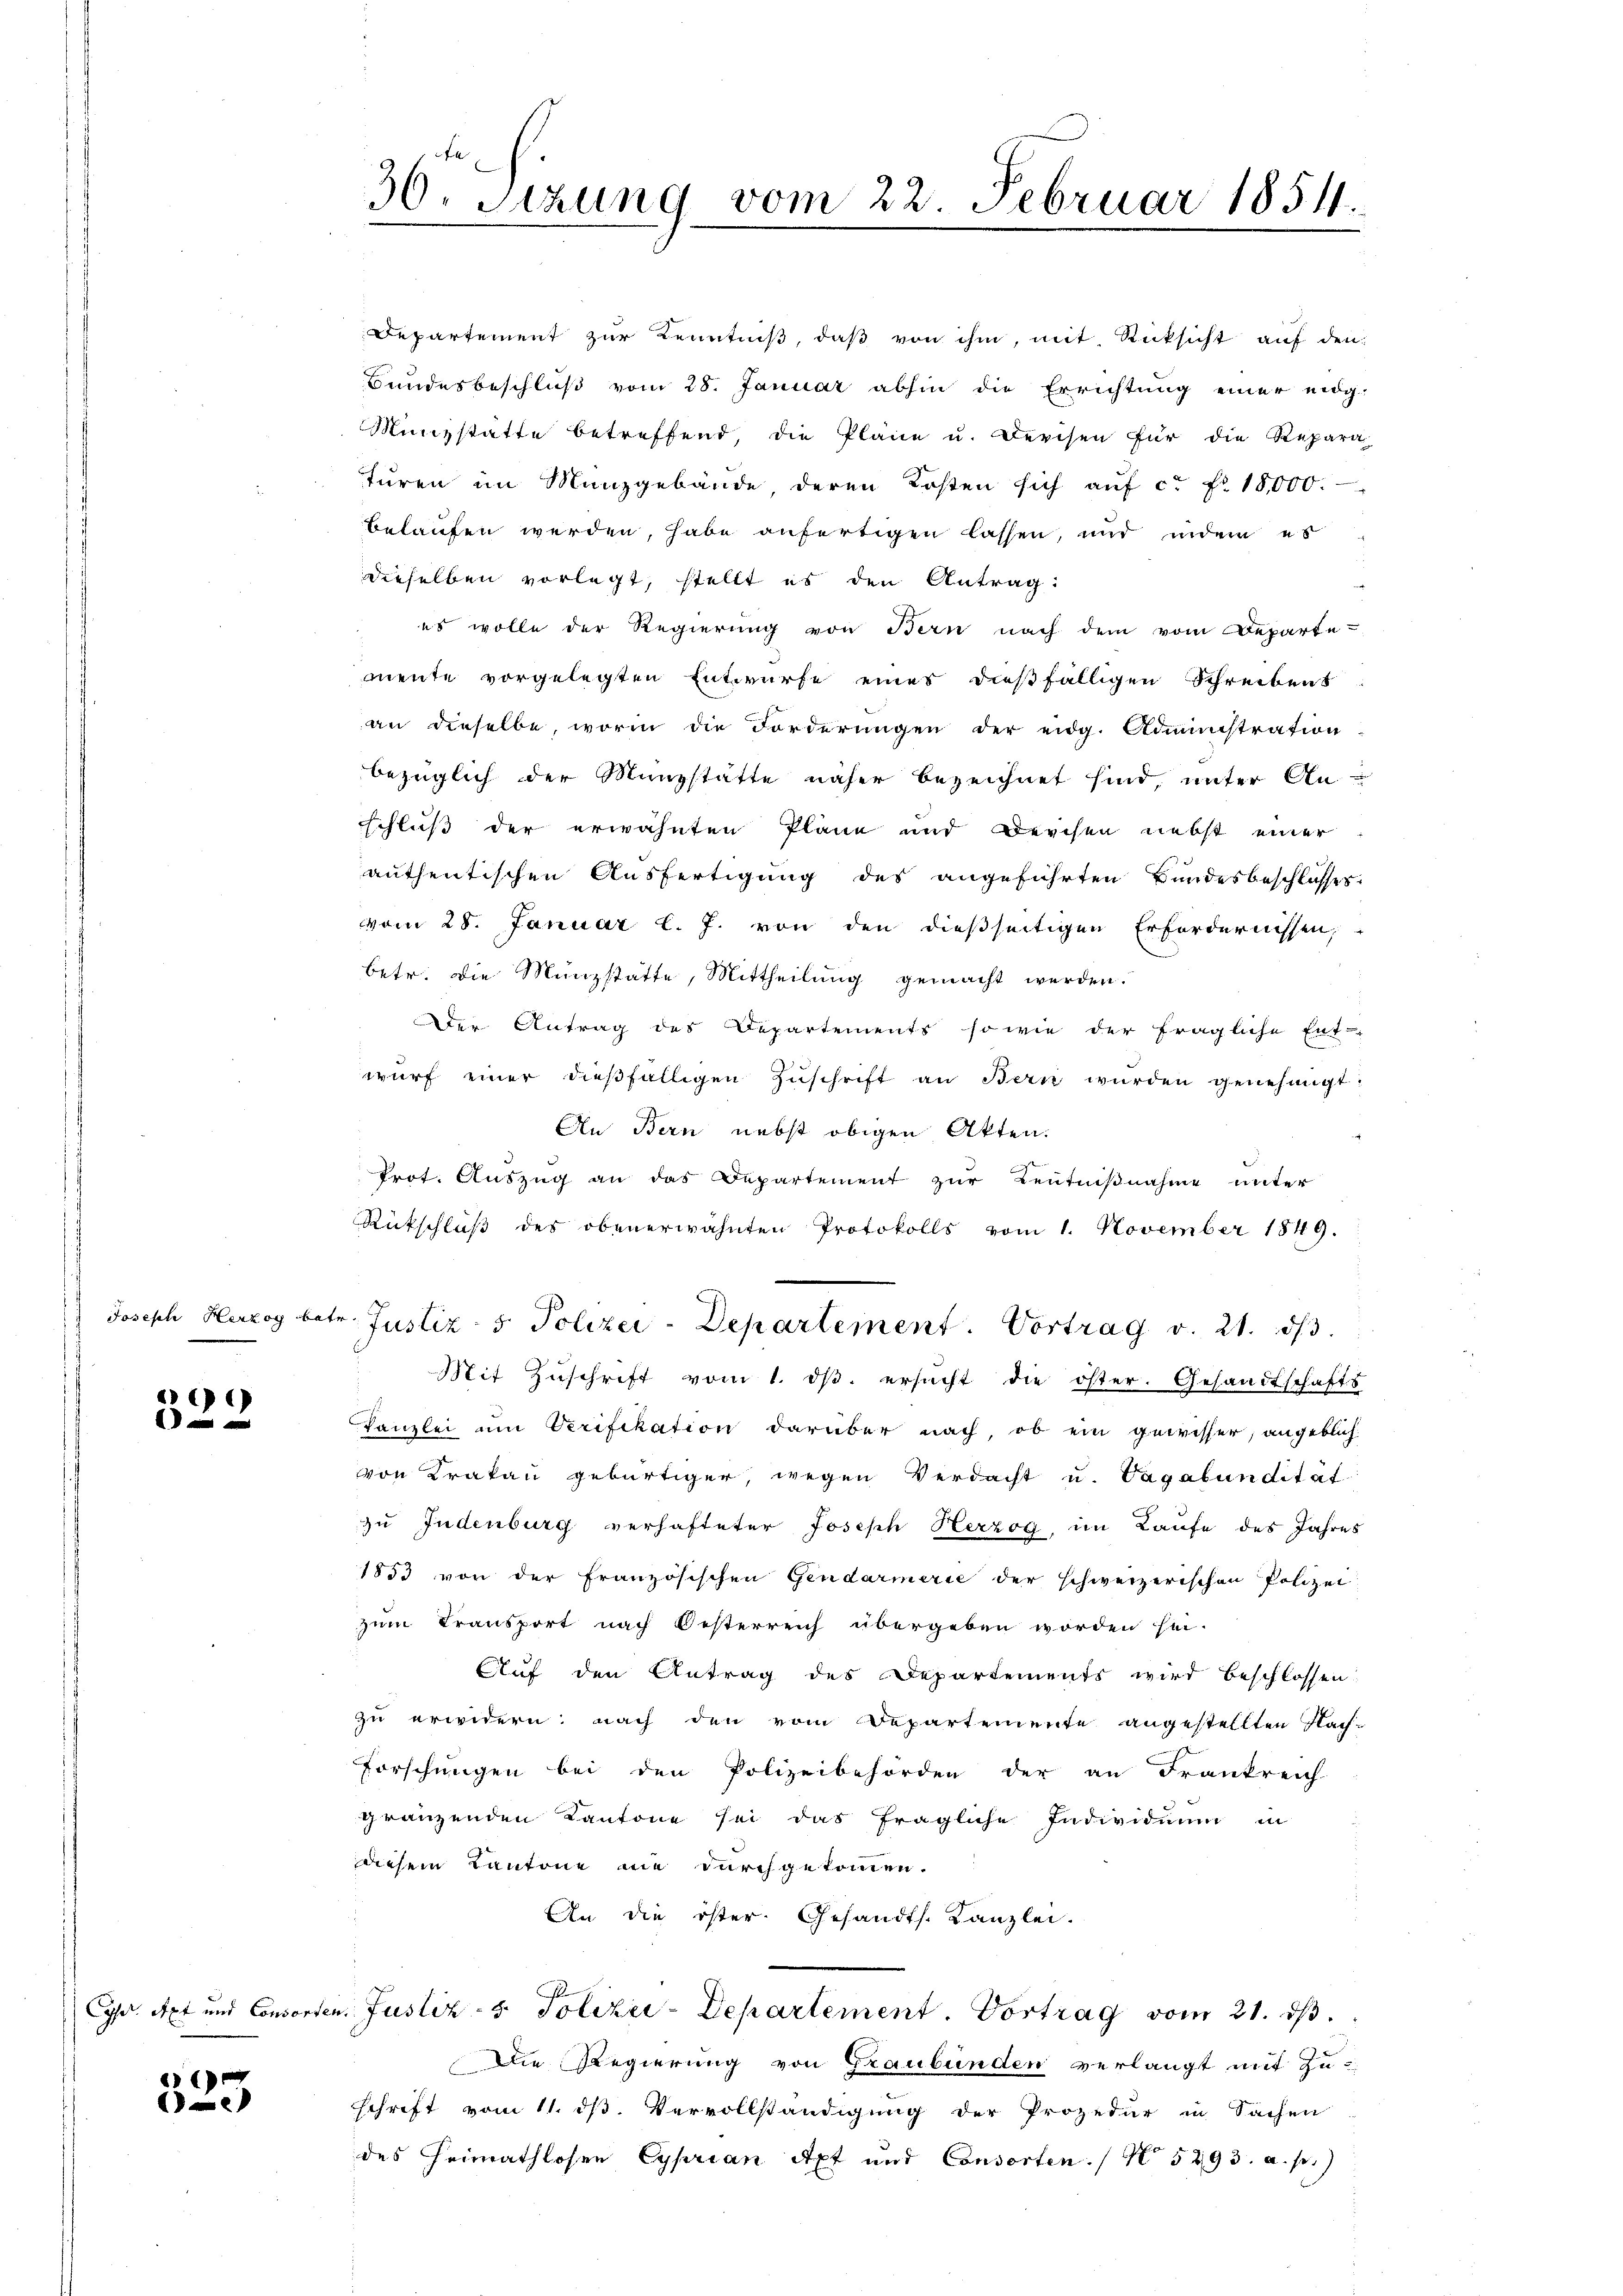
Joseph Herzog be

)

Gr. Apt und Consor

1
e

36. Sizung vom 22. Februar 1854.

Departement zur Kenntniß, daß von ihm, mit Rücksicht auf den
Bundesbeschluß vom 28. Januar abhin die Errichtung einer eidg-
Münzstatte betreffend, die Pläne u. Derchen für die Repara
turen im Münzgebäude deren Kosten sich aŭf ca Fr. 18,000.
belaufen werden, habe anfertigen lassen, und indem es
dieselben vorlegt, stellt es den Antrag:
es wolle der Regierung von Bern nach dem vom Departe-
mente vorgelegten Entwurfe eines dießfälligen Schreibens
an dieselbe, worin die Forderungen der eidg. Administration
bezüglich der Münzstätte näher bezeichnet sind unter Anschluß der erwähnten Pläne und Derchen nebst einer
authentischen Ausfertigung des angeführten Bundesbeschlosses
vom 28. Januar l. J. von den dießseitigen Erfordernissen,
betr. die Münzstatte, Mittheilung gemacht werden.
Der Antrag des Departements sowie der fragliche Ent-
wurf einer dießfälligen Zŭschrift an Bern wurden genehmigt.
An Bern nebst obigen Akten.
Prot. Auszug an das Departement zur Kentnißnahme unter
Rückschluß des obenerwähnten Protokolls vom 1. November 1849.
tr. Justiz- & Polizei-Departement. Vortrag v. 21. ds.
Mit Zŭschrift vom 1. dβ. ersucht die öster. Gesandtschafts
Kanzlei um Verifikation darüber nach, ob ein gewisser, angeblich
von Krakau gebürtiger, wegen Verdacht u. Vagabunditat
zu Indenburg verhafteter Joseph Herzog, im Laufe des Jahres
1853 von der Französischen Gendarmerie der schweizerischen Polizei
zum Transport nach Oesterreich übergeben worden hei-
Auf den Antrag des Departements wird beschlossen
zu erwidern; nach den vom Departemente angestellten Nach-
Forschungen bei den Polizeibehörden der an Frankreich-
gränzenden Kantone sei das fragliche Individuum in
diesem Kantone nie durchgekommen.
An die öster Gesandts. Kanzlei.
ten. Justiz- & Polizei-Departement. Vortrag vom 21. dβ.
Die Regierung von Graubünden verlangt mit Zuschrift vom 11. ds. Vervollständigung der Prozedur in Sachen
des Heimathlosen Cyprian Apt und Consorten. / No 5293. a. p.)